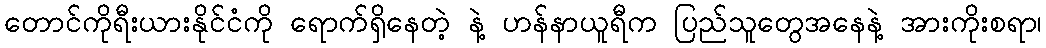
တောင်ကိုရီးယားနိုင်ငံကို ရောက်ရှိနေတဲ့ နဲ့ ဟန်နာယူရီက ပြည်သူတွေအနေနဲ့ အားကိုးစရာ၊